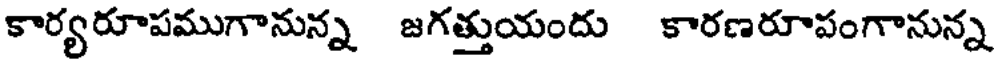
కార్యరూపముగానున్న జగత్తుయందు కారణరూపంగానున్న